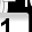
Digit: 1